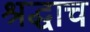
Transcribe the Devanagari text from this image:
श्रद्धाच